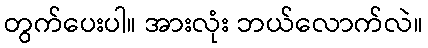
တွက်ပေးပါ။ အားလုံး ဘယ်လောက်လဲ။